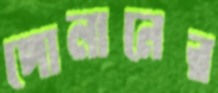
পোলানের